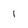
Character: l